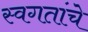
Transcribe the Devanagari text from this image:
स्वगतांचे